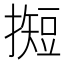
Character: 𢵦